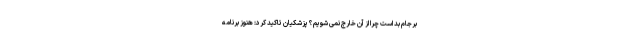
برجام بد است چرا از آن خارج نمی شویم؟ پزشکیان تاکید کرد: هنوز برنامه